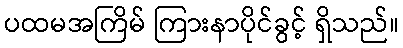
ပထမအကြိမ် ကြားနာပိုင်ခွင့် ရှိသည်။